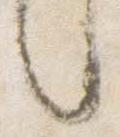
言